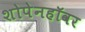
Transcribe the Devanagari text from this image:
शोपेनहॉवर